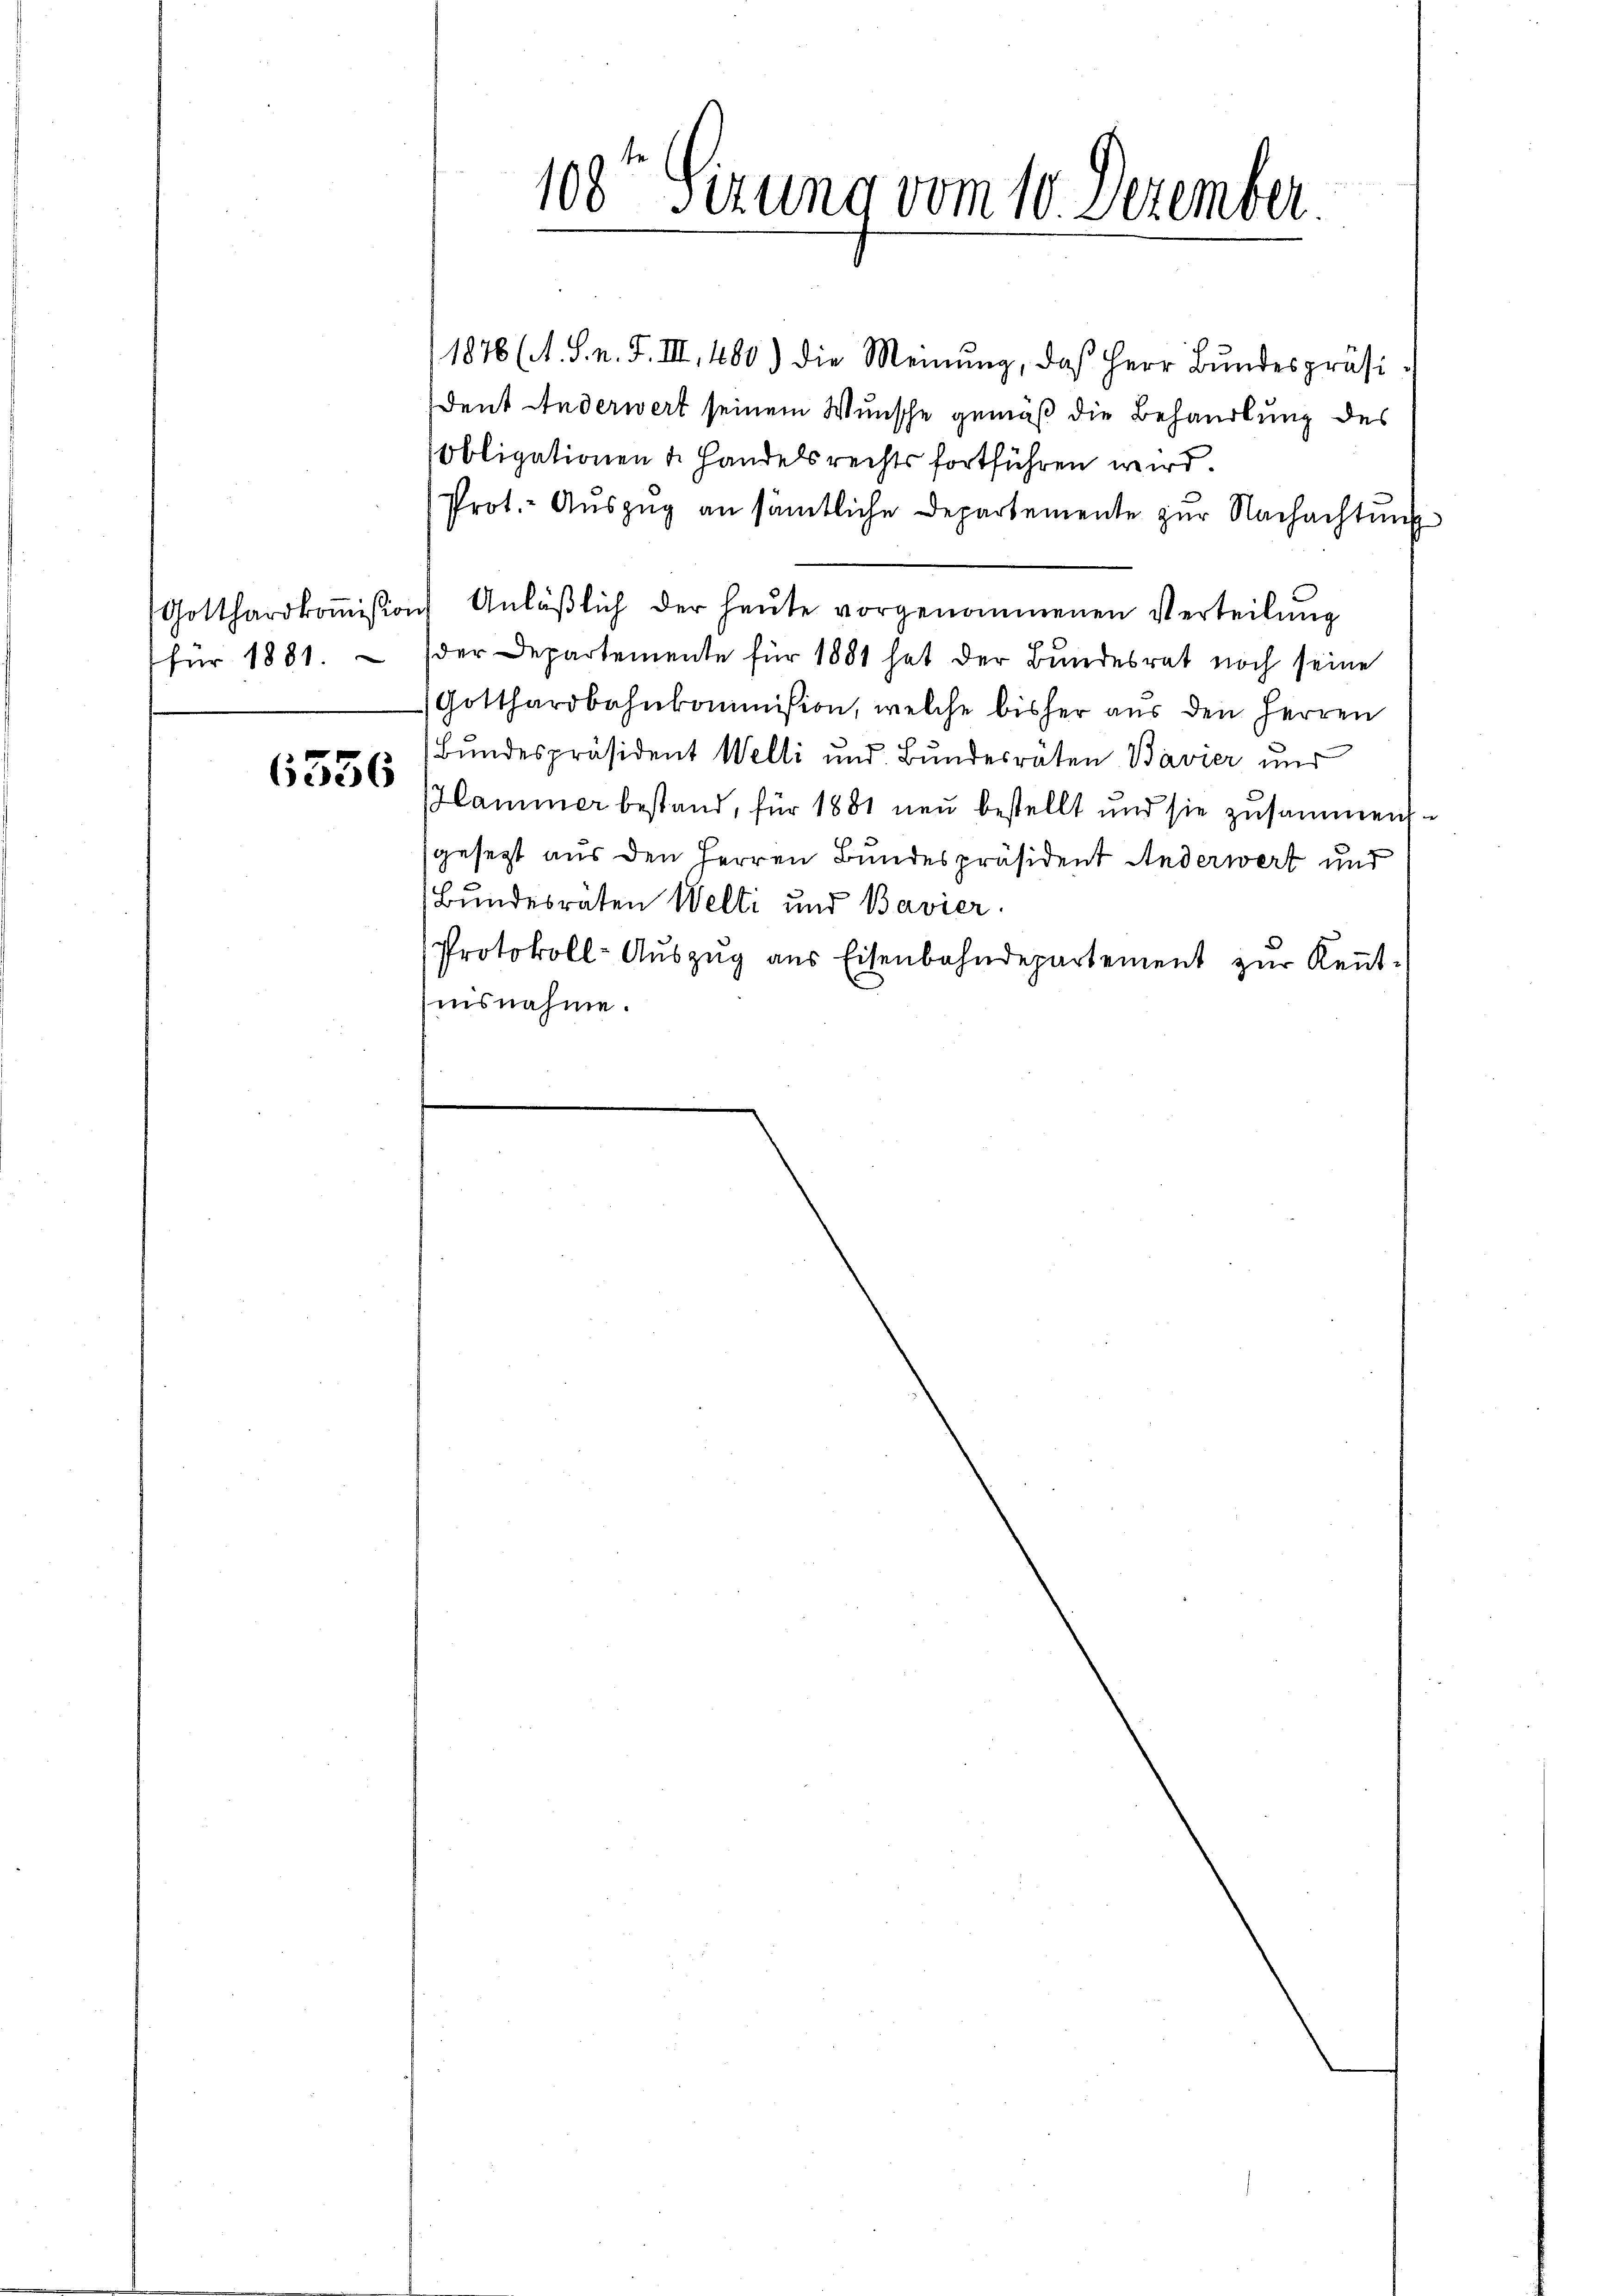
für 1881.

6556

108 Sizung vom 10. Dezember

1878 (A. S. n. F. III, 480) die Meinung, daß Herr Bundespräsident Anderwert seinem Wunsche gemäß die Behandlung des
Obligationen u. Handels rechts fortführen wird.
Prot.- Aŭszŭg an sämtliche Departemente zŭr Nachachtung
Gotthardkoṁission Anläβlich der heŭte vorgenommenen Verteilŭng
der Departemente für 1881 hat der Bundesrat noch seine
Gotthardbahnkommision, welche bisher aŭs den Herren
Bundespräsident Welli und Bundesräten Bavier und
Hammer bestand, für 1881 neu bestellt und sie zusammer
gesezt aus den Herren Bundespräsident Anderwert und
Bundesräten Welti und Bavier
Protokoll-Aŭszŭg aŭs Eisenbahndepartement zŭr Keṅt
nisnahme.